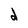
Character: d